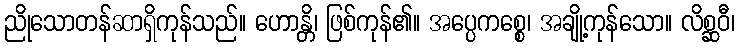
ညိုသောတန်ဆာရှိကုန်သည်။ ဟောန္တိ၊ ဖြစ်ကုန်၏။ အပ္ပေကစ္စေ၊ အချို့ကုန်သော။ လိစ္ဆဝီ၊